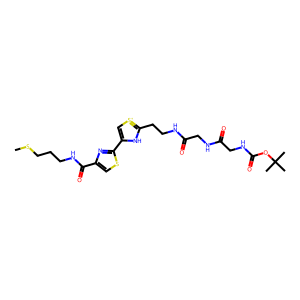
SMILES: CSCCCNC(=O)c1csc(-c2c[s+]c(CCNC(=O)CNC(=O)CNC(=O)OC(C)(C)C)[nH]2)n1
Inhibits HIV replication: No